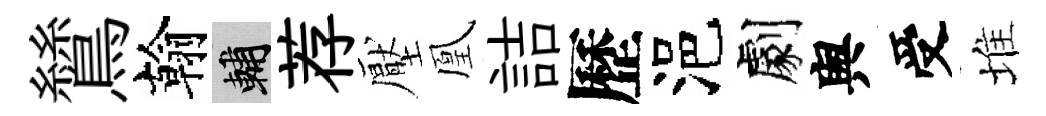
鷥翰輔荐壓凰詰歷浥劇舆受堆